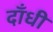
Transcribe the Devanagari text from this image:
दाँधी